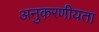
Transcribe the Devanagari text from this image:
अनुकरणीयता